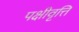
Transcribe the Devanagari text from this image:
पक्षीवृत्ति